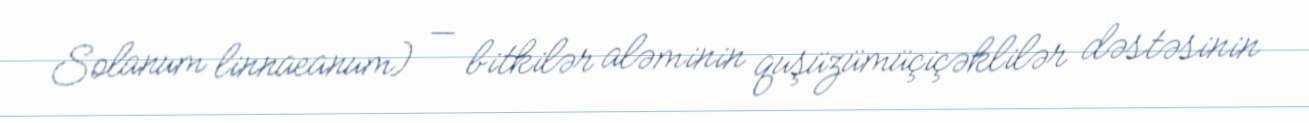
Solanum linnaeanum) — bitkilər aləminin quşüzümüçiçəklilər dəstəsinin